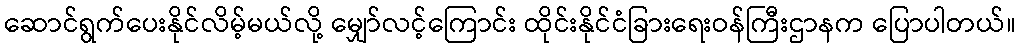
ဆောင်ရွက်ပေးနိုင်လိမ့်မယ်လို့ မျှော်လင့်ကြောင်း ထိုင်းနိုင်ငံခြားရေးဝန်ကြီးဌာနက ပြောပါတယ်။